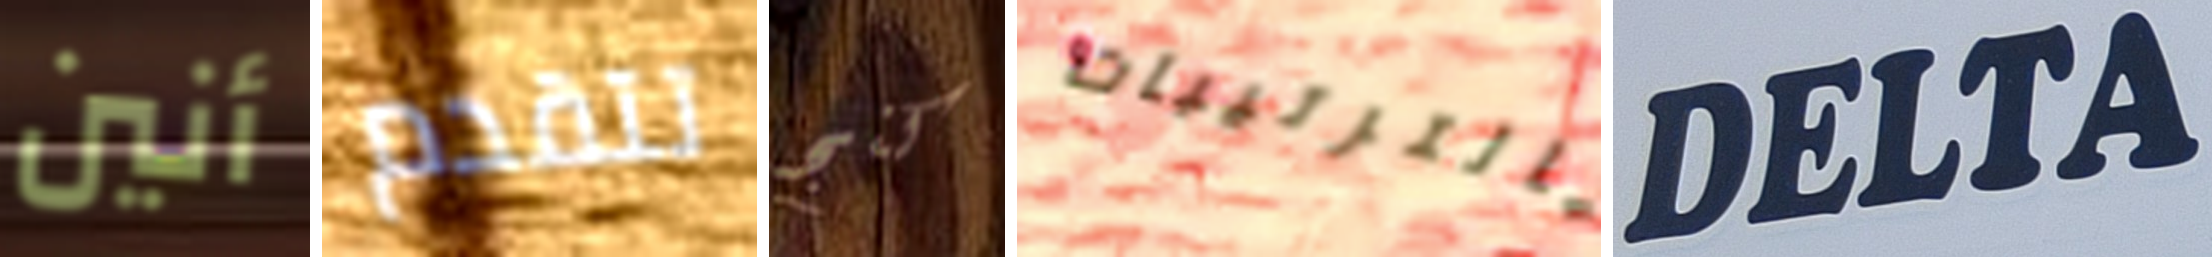
أنين تتقدم كنج بالترتيبات DELTA